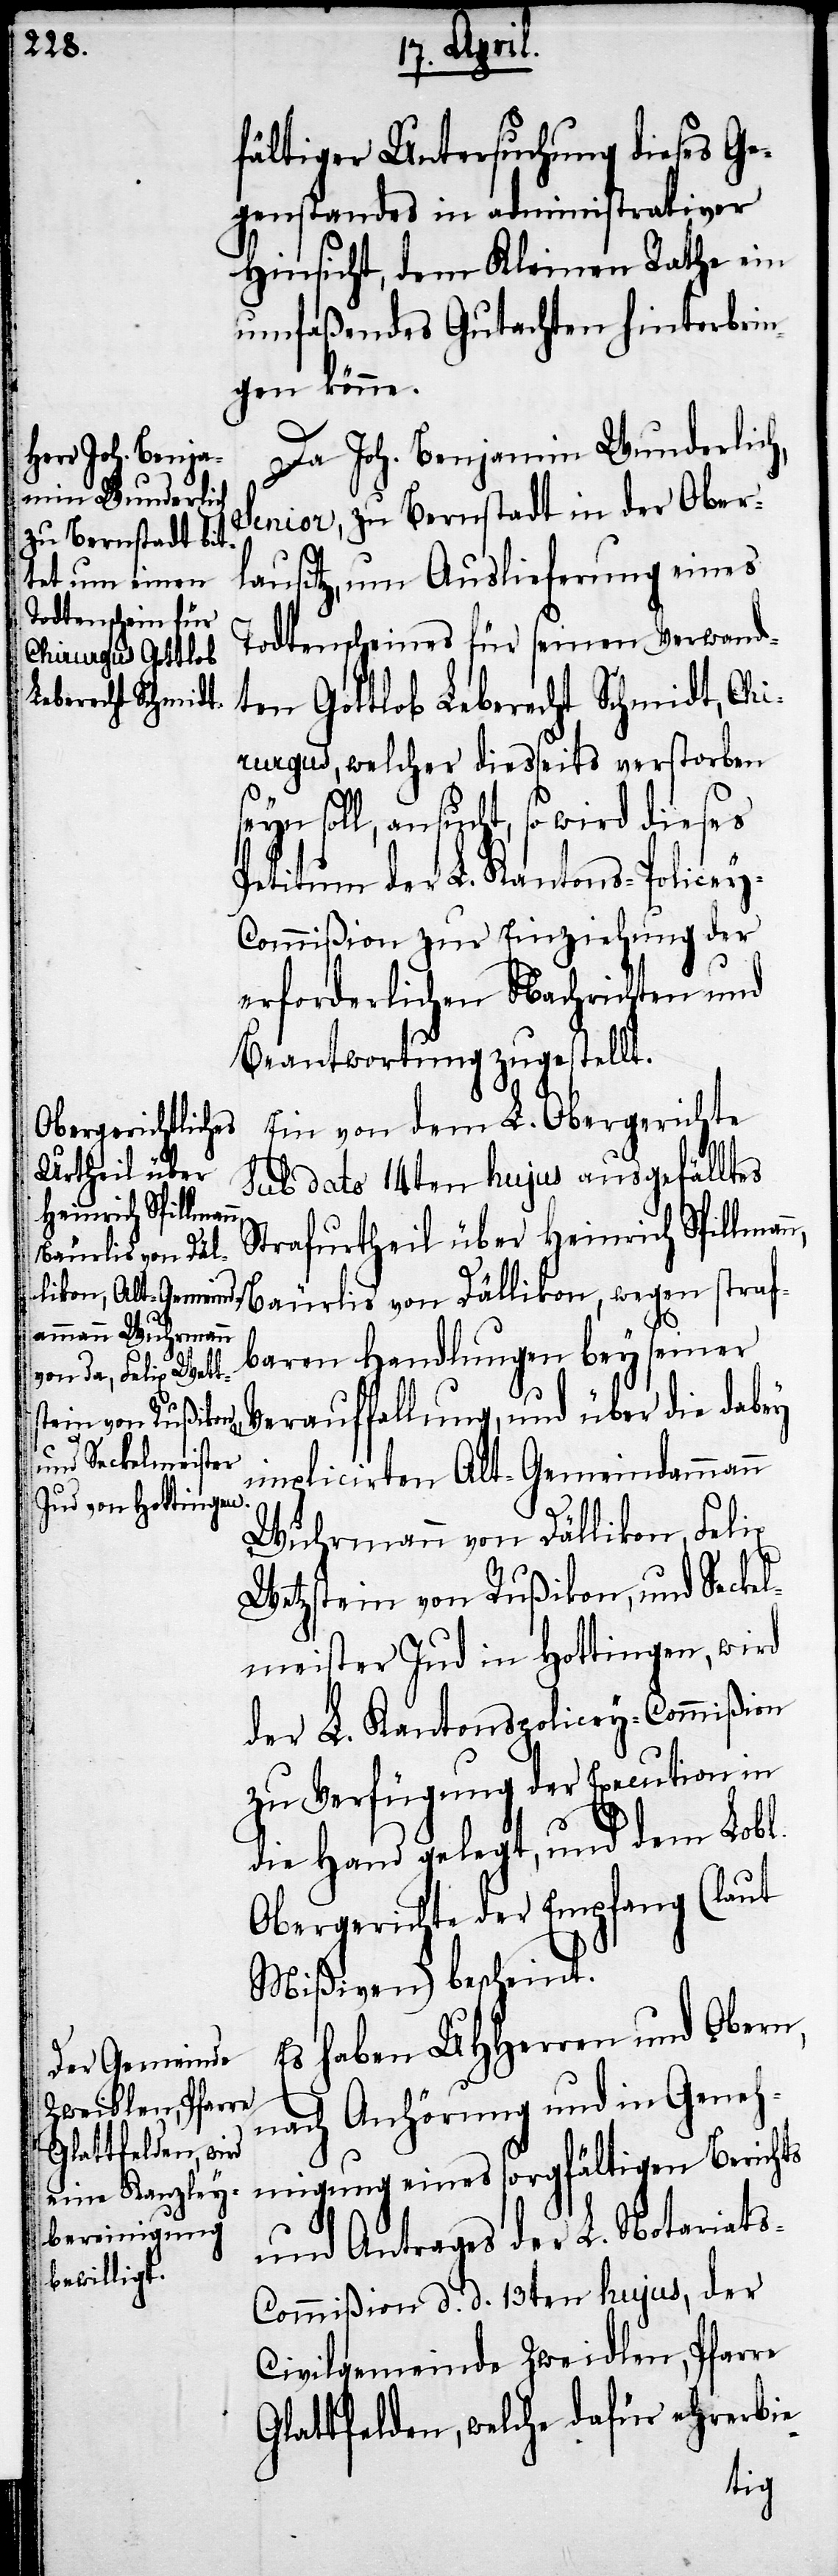
fältiger Untersuchung dieses Ge¬
genstandes in administrativer
Hinsicht, dem Kleinen Rathe ein
umfaßendes Gutachten hinterbrin¬
gen könne.
Da Joh. Benjamin Wunderlich,
Senior, zu Bernstadt in der Ober¬
lausitz, um Auslieferung eines
Todtenscheines für seinen Verwand¬
ten Gottlob Leberecht Schmidt, Chi¬
rurgus, welcher diesseits verstorben
seyn soll, ansucht, so wird dieses
Petitum der L. Kantons-Policey-C¬
ommißion zur Einziehung der
erforderlichen Nachrichten und
Beantwortung zugestellt.
Ein von dem L. Obergerichte
sub dato 14ten hujus ausgefälltes
Strafurtheil über Heinrich Spillman¬
Bäurlis von Dällikon, wegen straf¬
baren Handlungen bey seiner
Verauffallung, und über die dabey
implicirten Alt-Gemeindammann
Wuhrmann von Dällikon, Felix
[sic!] von Rußikon, und Seckel¬
meister Jud in Hottingen, wird
der L. Kantonspolicey-Commißion
zu Verfügung der Execution in
die Hand gelegt, und dem Lobl.
Obergerichte der Empfang (laut
Mißiven) bescheint.
Es haben UHHerren und Obern,
nach Anhörung und in Geneh¬
migung eines sorgfältigen Berichts
und Antrages der L. Notariat¬
s-Commißion d. d. 13ten hujus, der
Civilgemeinde Zweidlen, Pfarre
Glattfelden, welche dafür ehrerbie-
n,